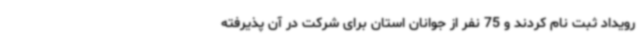
رویداد ثبت نام کردند و 75 نفر از جوانان استان برای شرکت در آن پذیرفته